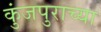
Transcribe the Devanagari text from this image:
कुंजपुराच्या